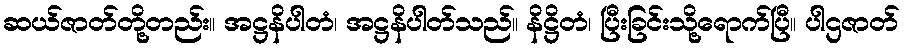
ဆယ်ဇာတ်တို့တည်း။ အဋ္ဌနိပါတံ၊ အဋ္ဌနိပါတ်သည်။ နိဋ္ဌိတံ၊ ပြီးခြင်းသို့ရောက်ပြီ။ ပါဌဇာတ်